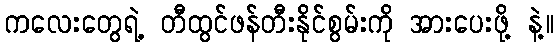
ကလေးတွေရဲ့ တီထွင်ဖန်တီးနိုင်စွမ်းကို အားပေးဖို့ နဲ့။